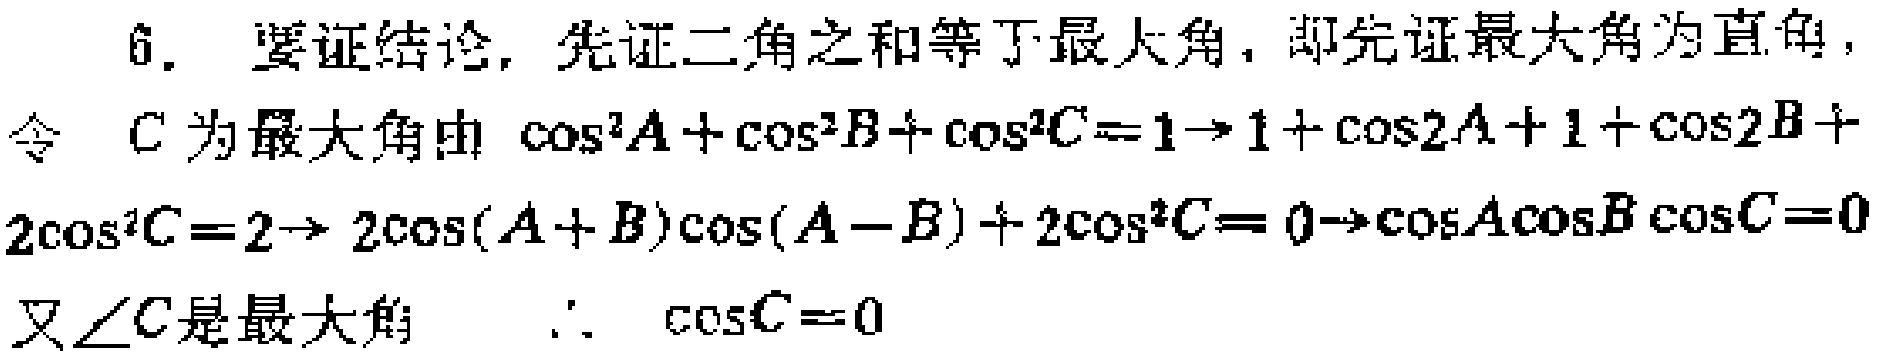
6. 要证结论, 先证二角之和等于最大角, 即先证最大角为直角,
令 \(C\) 为最大角由 \(\cos^{2}A+\cos^{2}B+\cos^{2}C = 1\rightarrow1+\cos2A + 1+\cos2B+2\cos^{2}C=2\rightarrow2\cos(A + B)\cos(A - B)+2\cos^{2}C = 0\rightarrow\cos A\cos B\cos C=0\)
又\(\angle C\)是最大角  \(\therefore\)  \(\cos C = 0\)